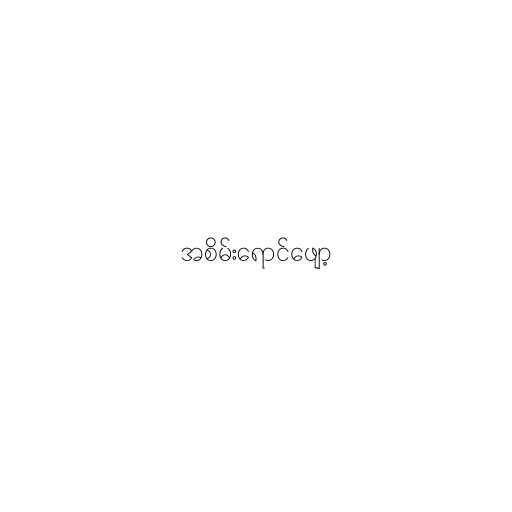
အစိမ်းရောင်ဖျော့